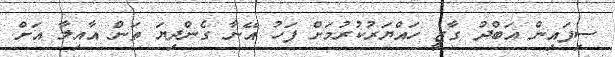
ސިފައިން އަބްދު ގާޒީ ހައްޔަރުކުރުމަށް ފަހު އޭނާ ގެންދިޔަ ތަން އާއިލާ އަށް